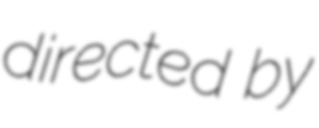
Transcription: directed by